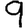
Digit: 9